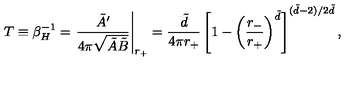
T \equiv \beta _ { H } ^ { - 1 } = \left. \frac { \tilde { A } ^ { \prime } } { 4 \pi \sqrt { \tilde { A } \tilde { B } } } \right| _ { r _ { + } } \nonumber = \frac { \tilde { d } } { 4 \pi r _ { + } } \left[ 1 - \left( \frac { r _ { - } } { r _ { + } } \right) ^ { \tilde { d } } \right] ^ { ( \tilde { d } - 2 ) / 2 \tilde { d } } ,